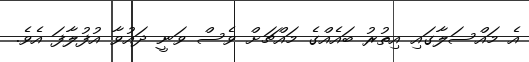
އެ މައްސަލާގައި އިތުރު ބައެއްގެ މައްޗަށް ވެސް ވަނީ ދައުވާ އުފުލާފަ އެވެ.